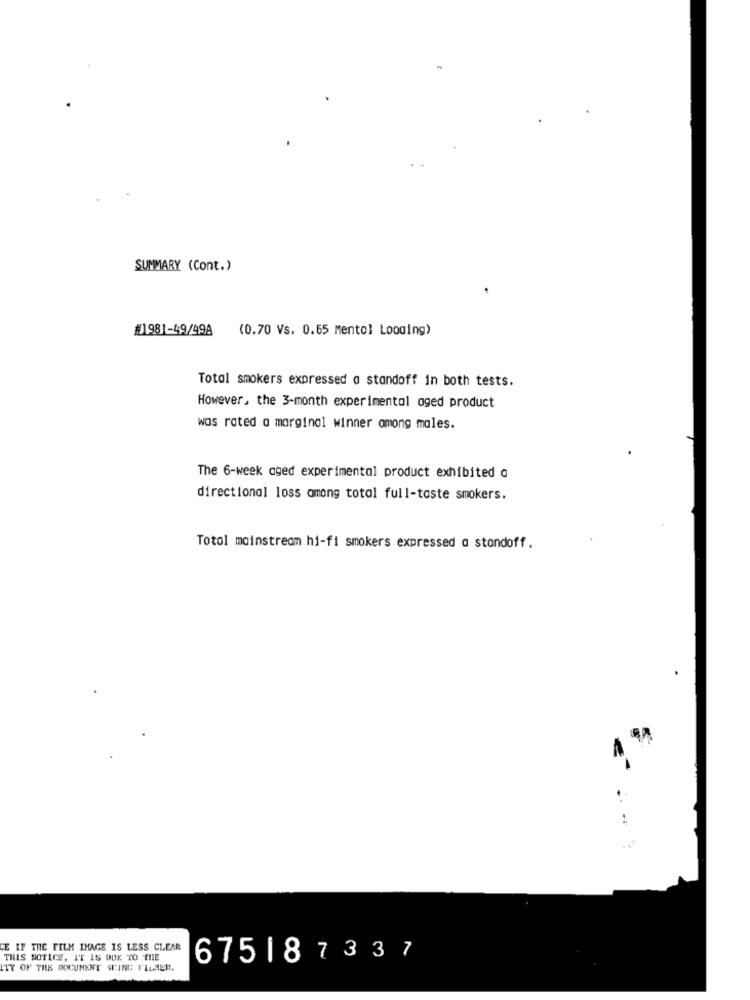
SUMMARY (Cont.)
#1981-49/49A
(0.70 Vs. 0.65 mentol Looding)
Total smokers expressed a standoff in both tests.
However, the 3-month experimental aged product
was rated a marginal winner among males.
The 6-week aged experimental product exhibited a
directional loss among total full-taste smokers.
Totol mainstream hi-fi smokers expressed a standoff.
CE IF THE FILM IMAGE IS LESS CLEAR
THIS NOTICE, IT IS DUE TO THE
675187337
ITY OF THE DOCUMENT HLING FLAMMED.